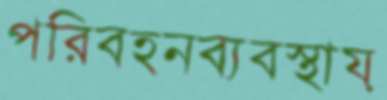
পরিবহনব্যবস্থায়